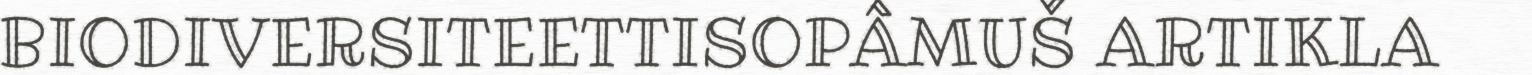
BIODIVERSITEETTISOPÂMUŠ ARTIKLA